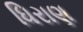
ધિરાણ